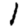
Digit: 1